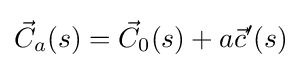
{\vec {C}}_{a}(s)={\vec {C}}_{0}(s)+a{\vec {c}}'(s)